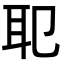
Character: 𦔶